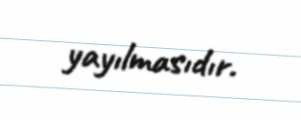
yayılmasıdır.